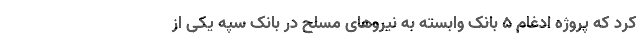
کرد که پروژه ادغام ۵ بانک وابسته به نیروهای مسلح در بانک سپه یکی از